Tezpur Lunatic Asylum reports 1895-1904 - 1895-1904
Year: 1895
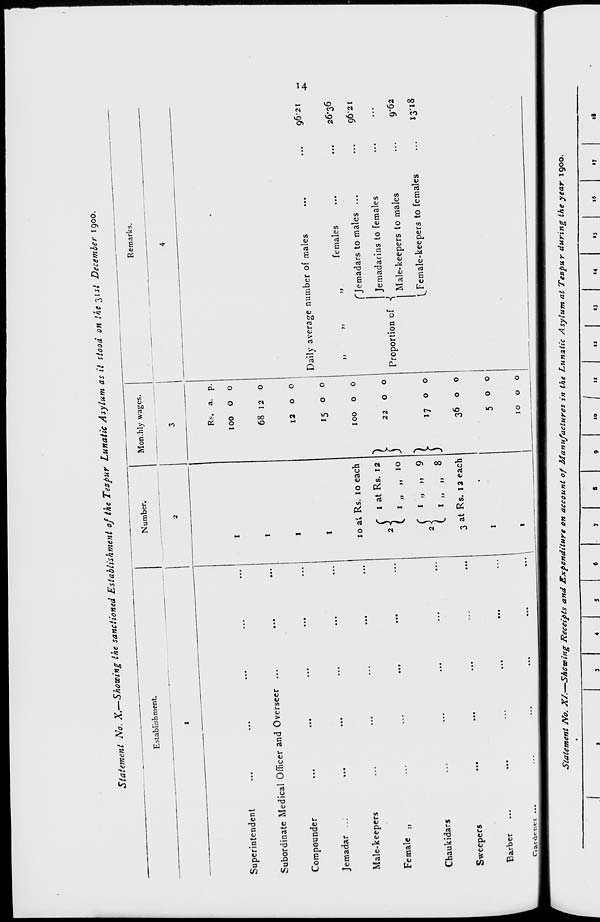
Stated No. X.-Sho*in g the sanctioned Esta.ishn.ent of the T„>ur
Lunatic Asytum as it stood on the S ut Decent, .900.
Superintendent
Subordinate Medical Officer and Overseer
Compounder
Jemadar ...
Male-keepers
Female ,,
Chaukidars
Sweepers
Barber
10 a'. Rs. 10 each
C 1 at Rs. 12 ~\
1 ,, >• 9
»
>>
8 }
3 at Rs. 1 a each
15 o o
100 o o
22
O
O
17 0 0
36 O O
5OO
10 o o
Daily average number of males
females
Jemadars to males ...
Jemadarins to females
Proportion cf •{ Male-keepers to males
^Female-keepers to females
Caa.TAc.xver ...
Statement No. XI. Shewing Receipts and Expenditure on account of Manufactures in the Lunatic Asylum at Tezpur during the year 1900.
10
11
13
•4
>5
IS
I?
96*21
-
26-36
962 I
9*62
IT18
18